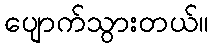
ပျောက်သွားတယ်။